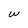
Character: w